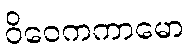
ဝိဝေကကာမော